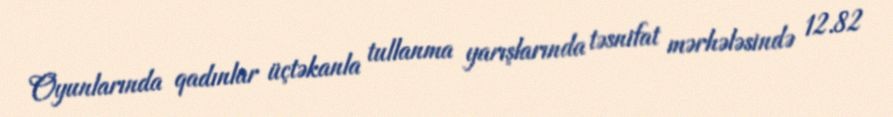
Oyunlarında qadınlar üçtəkanla tullanma yarışlarında təsnifat mərhələsində 12.82